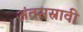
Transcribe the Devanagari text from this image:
अंतसस्रावी